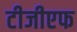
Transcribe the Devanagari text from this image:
टीजीएफ